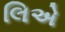
લિએ